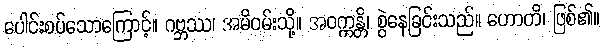
ပေါင်းစပ်သောကြောင့်။ ဂဗ္ဘဿ၊ အမိဝမ်းသို့။ အဝက္ကန္တိ၊ စွဲနေခြင်းသည်။ ဟောတိ၊ ဖြစ်၏။